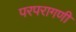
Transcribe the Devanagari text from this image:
परपरागणी